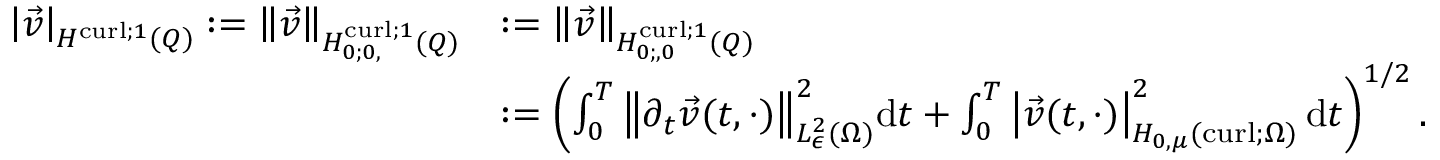
\begin{array} { r l } { \left\lvert { \vec { v } } \right\rvert _ { H ^ { \operatorname { c u r l } ; 1 } ( Q ) } : = { \left\lVert { \vec { v } } \right\rVert } _ { H _ { 0 ; 0 , } ^ { \operatorname { c u r l } ; 1 } ( Q ) } } & { : = { \left\lVert { \vec { v } } \right\rVert } _ { H _ { 0 ; , 0 } ^ { \operatorname { c u r l } ; 1 } ( Q ) } } \\ & { : = \left( \int _ { 0 } ^ { T } { \left\lVert { \partial _ { t } \vec { v } ( t , \cdot ) } \right\rVert } _ { { L _ { \epsilon } ^ { 2 } ( \Omega ) } } ^ { 2 } \mathrm d t + \int _ { 0 } ^ { T } \left\lvert { \vec { v } ( t , \cdot ) } \right\rvert _ { H _ { 0 , \mu } ( \operatorname { c u r l } ; \Omega ) } ^ { 2 } \mathrm d t \right) ^ { 1 / 2 } . } \end{array}